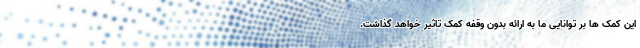
این کمک ها بر توانایی ما به ارائه بدون وقفه کمک تاثیر خواهد گذاشت.